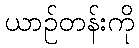
ယာဉ်တန်းကို